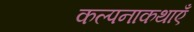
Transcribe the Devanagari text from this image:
कल्पनाकथाएँ